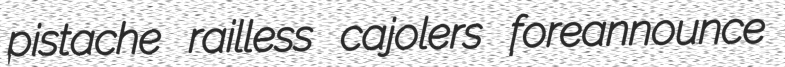
pistache railless cajolers foreannounce